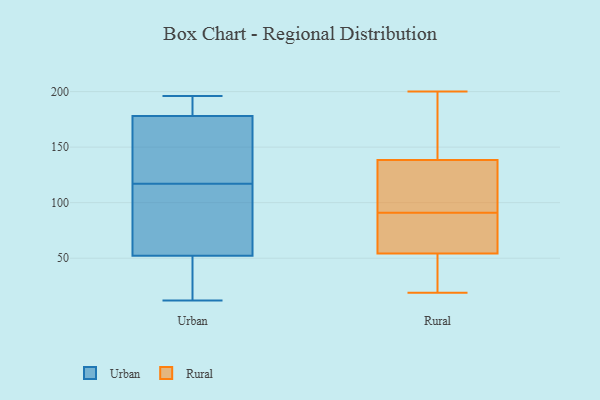
{"axis": {"x": "Active Users", "y": "Value"}, "legend": ["Rural", "Urban"], "data": [{"x": "", "y": 179, "type": "Urban"}, {"x": "", "y": 175, "type": "Urban"}, {"x": "", "y": 150, "type": "Urban"}, {"x": "", "y": 26, "type": "Urban"}, {"x": "", "y": 189, "type": "Urban"}, {"x": "", "y": 94, "type": "Urban"}, {"x": "", "y": 146, "type": "Urban"}, {"x": "", "y": 81, "type": "Urban"}, {"x": "", "y": 196, "type": "Urban"}, {"x": "", "y": 24, "type": "Urban"}, {"x": "", "y": 93, "type": "Urban"}, {"x": "", "y": 44, "type": "Urban"}, {"x": "", "y": 12, "type": "Urban"}, {"x": "", "y": 190, "type": "Urban"}, {"x": "", "y": 21, "type": "Urban"}, {"x": "", "y": 77, "type": "Urban"}, {"x": "", "y": 193, "type": "Urban"}, {"x": "", "y": 152, "type": "Urban"}, {"x": "", "y": 117, "type": "Urban"}, {"x": "", "y": 171, "type": "Rural"}, {"x": "", "y": 141, "type": "Rural"}, {"x": "", "y": 186, "type": "Rural"}, {"x": "", "y": 46, "type": "Rural"}, {"x": "", "y": 19, "type": "Rural"}, {"x": "", "y": 91, "type": "Rural"}, {"x": "", "y": 88, "type": "Rural"}, {"x": "", "y": 30, "type": "Rural"}, {"x": "", "y": 53, "type": "Rural"}, {"x": "", "y": 131, "type": "Rural"}, {"x": "", "y": 101, "type": "Rural"}, {"x": "", "y": 120, "type": "Rural"}, {"x": "", "y": 88, "type": "Rural"}, {"x": "", "y": 58, "type": "Rural"}, {"x": "", "y": 200, "type": "Rural"}]}